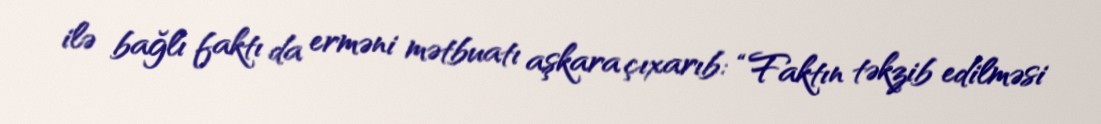
ilə bağlı faktı da erməni mətbuatı aşkara çıxarıb: “Faktın təkzib edilməsi